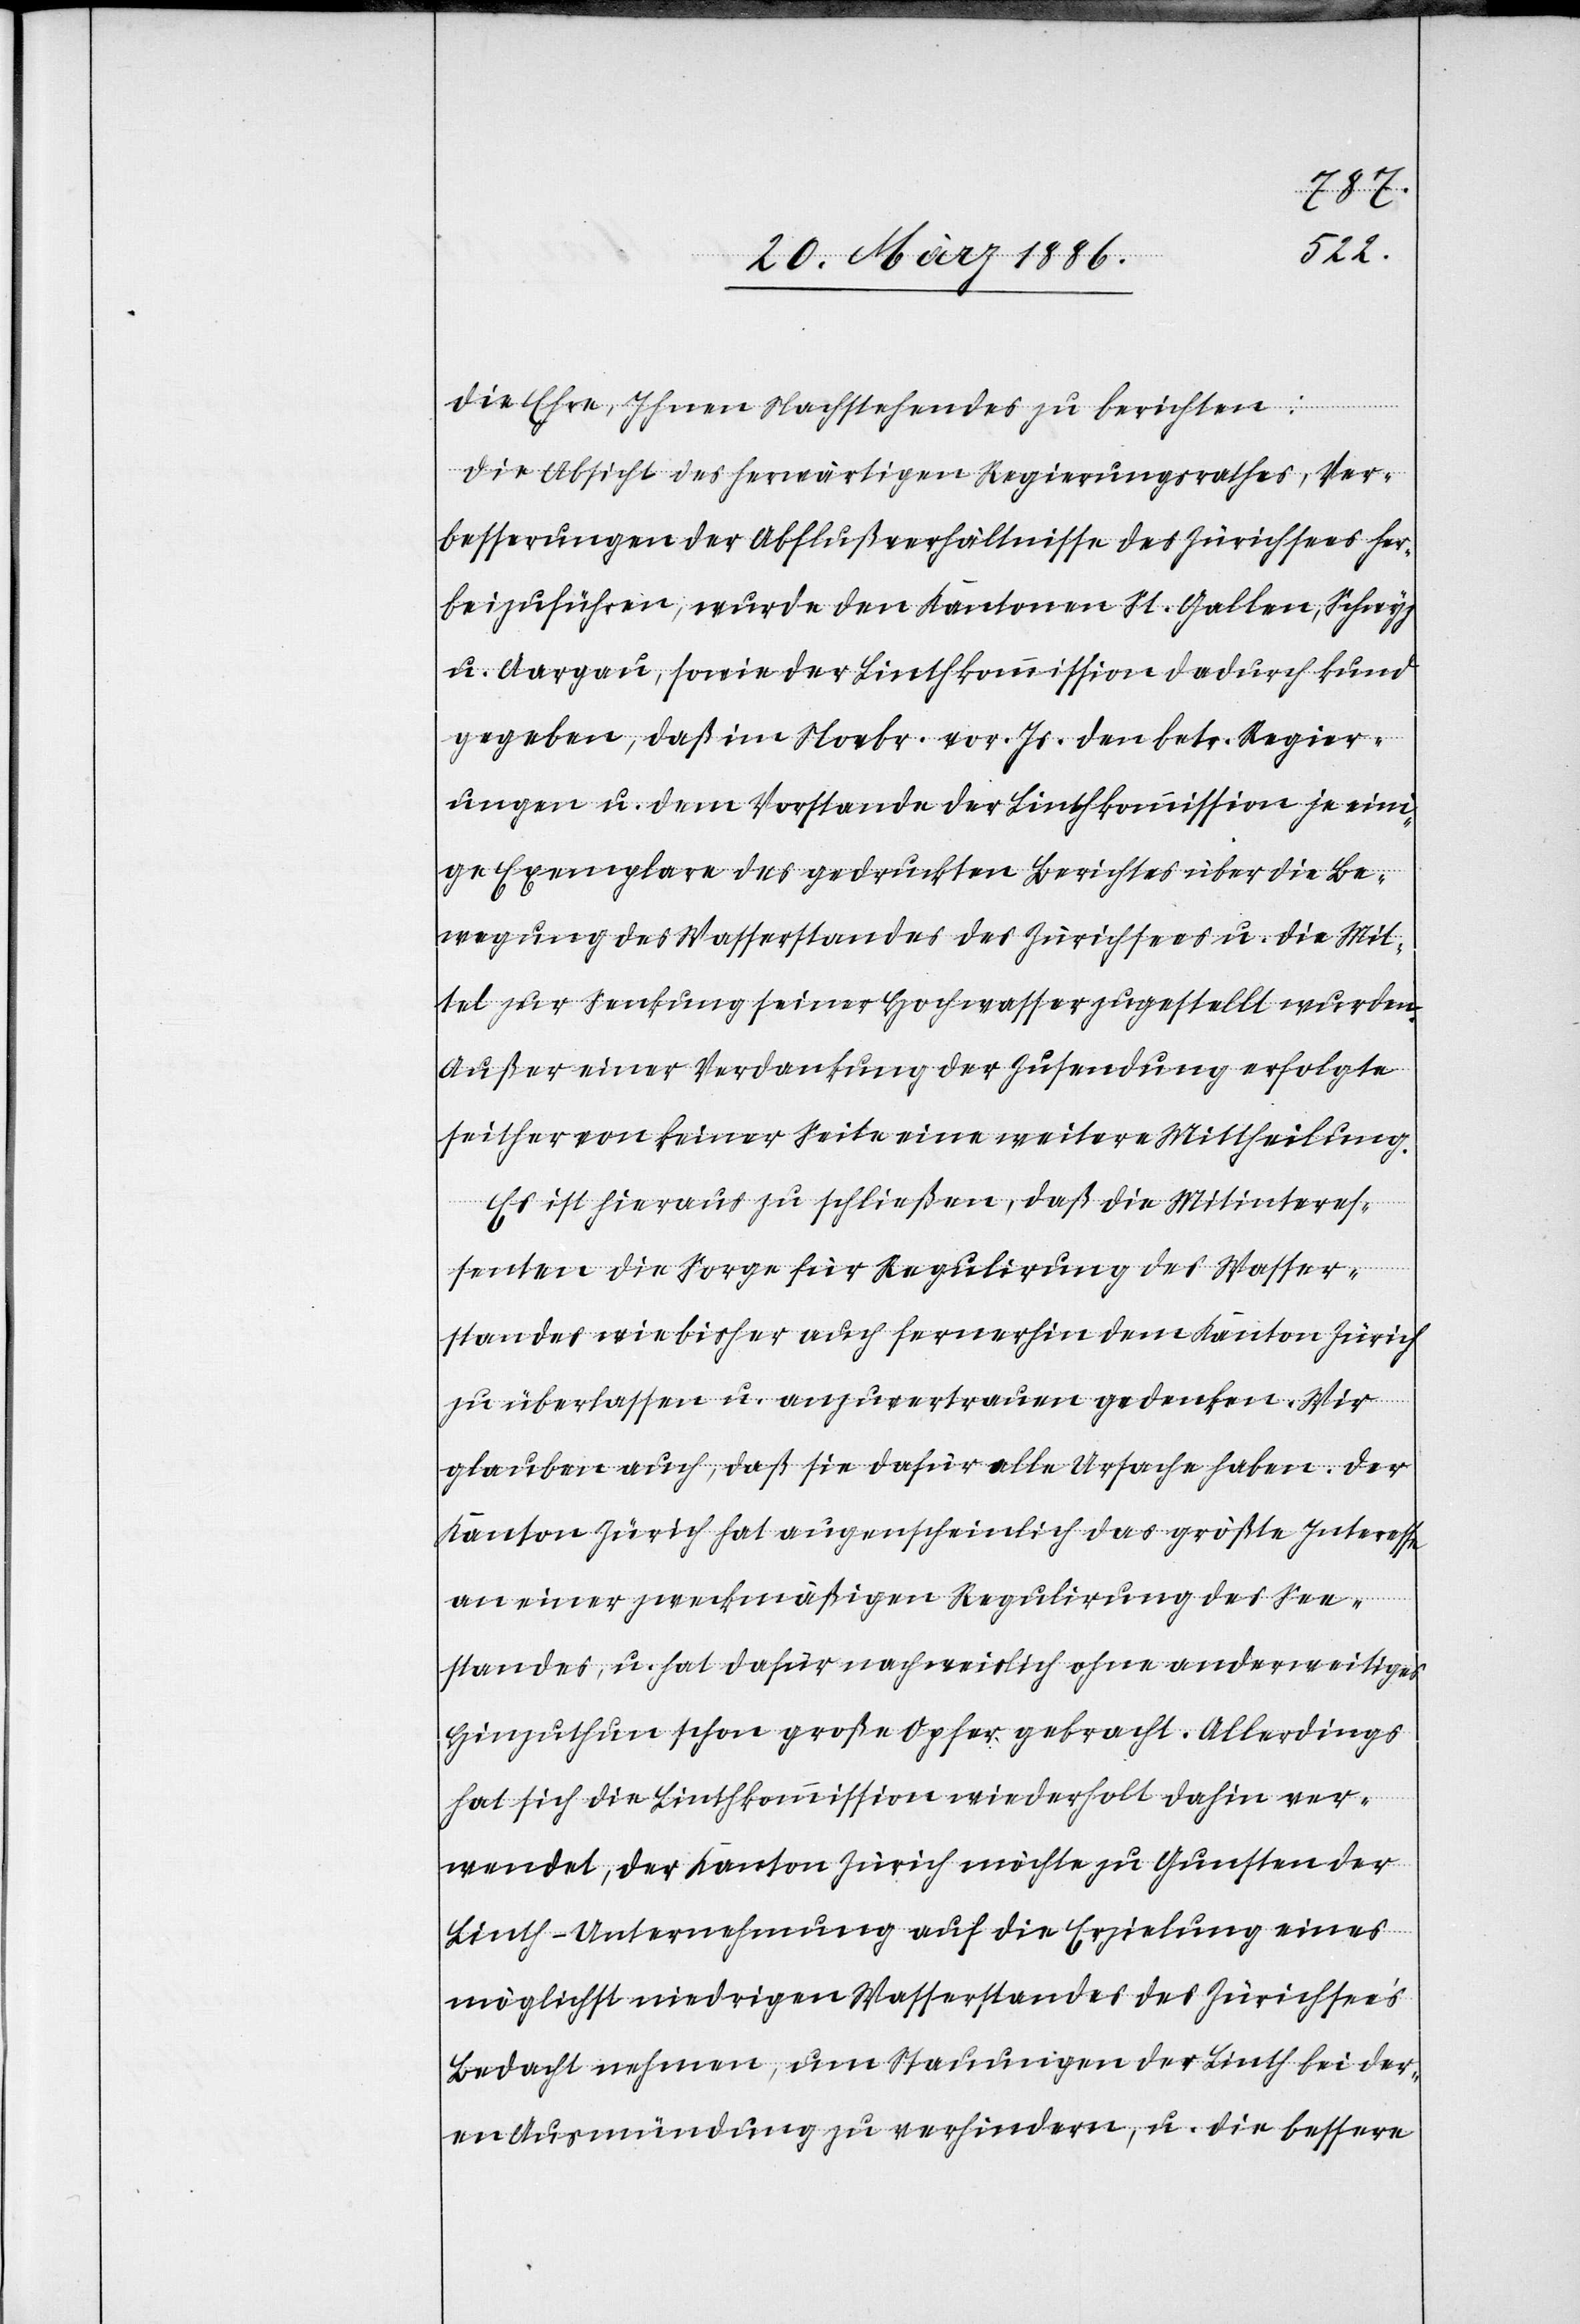
die Ehre, Ihnen Nachstehendes zu berichten:
Die Absicht des herwärtigen Regierungsrathes, Ver¬
besserungen der Abflußverhältnisse des Zürichsees her¬
beizuführen, wurde den Kantonen St. Gallen, Schwyz
u. Aargau, sowie der Linthkommission dadurch Kund
gegeben, daß im Novbr. vor. Js. den betr. Regier¬
ungen u. dem Vorstande der Linthkommission je ein¬
ige Exemplare des gedruckten Berichtes über die Be¬
wegung des Wasserstandes des Zürichsees u. die Mit¬
tel zur Senkung seiner Hochwasser zugestellt wurden.
Außer einer Verdankung der Zusendung erfolgte
seither von keiner Seite eine weitere Mittheilung.
Es ist hieraus zu schließen, daß die Mitinteres¬
senten die Sorge für Regulirung des Wasser¬
standes wie bisher auch fernerhin dem Kanton Zürich
zu überlassen u. anzuvertrauen gedenken. Wir
glauben auch, daß sie dafür alle Ursache haben. Der
Kanton Zürich hat augenscheinlich das größte Interesse
an einer zweckmäßigen Regulierung des See¬
standes, u. hat dafür nachweislich ohne anderweitiges
Hinzuthun schon große Opfer gebracht. Allerdings
hat sich die Linthkommission wiederholt dahin ver¬
wendet, der Kanton Zürich möchte zu Gunsten der
Linth-Unternehmung auf die Erzielung eines
möglichst niedrigen Wasserstandes des Zürichsee’s
Bedacht nehmen, um Stauungen der Linth bei der¬
en Ausmündung zu verhindern, u. die bessere